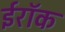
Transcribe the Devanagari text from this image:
ईरॉक